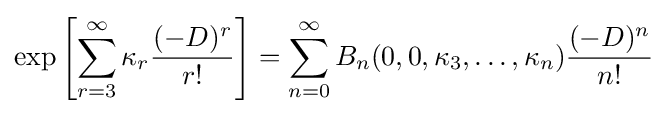
\exp \left[\sum _{r=3}^{\infty }\kappa _{r}{\frac {(-D)^{r}}{r!}}\right]=\sum _{n=0}^{\infty }B_{n}(0,0,\kappa _{3},\ldots ,\kappa _{n}){\frac {(-D)^{n}}{n!}}